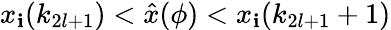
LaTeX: x_{\mathbf{i}}(k_{2l+1})<\hat{{x}}(\phi)<x_{\mathbf{i}}(k_{2l+1}+1)